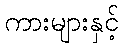
ကားများနှင့်